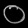
Digit: ၀